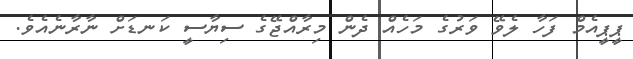
ޕީޕީއެމް ފަހާ ލެވޭ ވަރުގެ މަހެއް ދެން މިރާއްޖޭގެ ސިޔާސީ ކަނޑަށް ނާރާނެެެއެވެ.